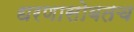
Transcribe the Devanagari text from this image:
धरणासोबतच